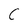
Character: C